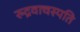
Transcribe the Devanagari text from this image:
रुद्रवाचस्पति